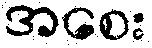
အစေး